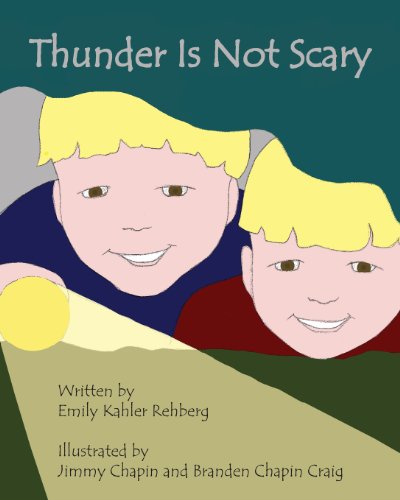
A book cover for Thunder Is Not Scary; Emily Rehberg; Science & Math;